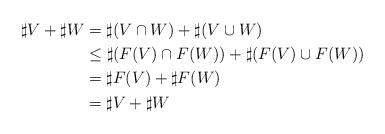
LaTeX: \begin{align*}\sharp V + \sharp W & =\sharp (V \cap W) + \sharp (V \cup W) \\& \le \sharp (F(V) \cap F(W)) + \sharp (F(V) \cup F(W)) \\& =\sharp F(V) + \sharp F(W) \\& =\sharp V + \sharp W\end{align*}